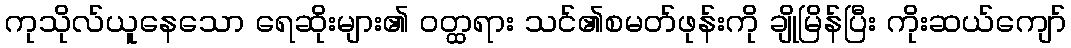
ကုသိုလ်ယူနေသော ရေဆိုးများ၏ ဝတ္ထရား သင်၏စမတ်ဖုန်းကို ချိုမြိန်ပြီး ကိုးဆယ်ကျော်